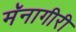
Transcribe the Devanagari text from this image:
मॅनागीरी